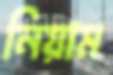
নিয়াম